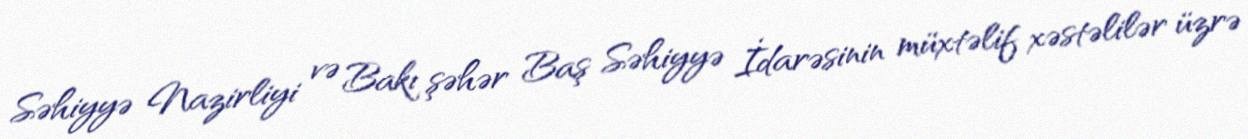
Səhiyyə Nazirliyi və Bakı şəhər Baş Səhiyyə İdarəsinin müxtəlif xəstəlilər üzrə